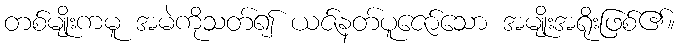
တစ်မျိုးကမူ အမဲကိုသတ်၍ ယဇ်နတ်ပူဇော်သော အမျိုးအရိုးဖြစ်၏။